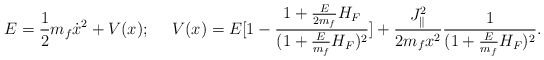
\begin{align*}E={1\over 2}m_f\dot{x}^2+V(x);\ \ \ \ V(x)=E[1-{{1+{E\over{2m_f}}H_F}\over{(1+{E\over{m_f}}H_F)^2}}]+{{J^2_{\parallel}}\over{2m_fx^2}}{1\over{(1+{E\over {m_f}}H_F)^2}}.\end{align*}